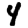
Digit: 4